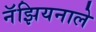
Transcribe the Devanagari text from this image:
नॅझियनाले